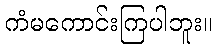
ကံမကောင်းကြပါဘူး။